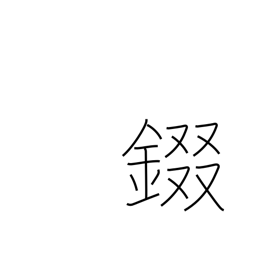
Meaning: armor neckplates